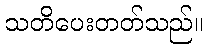
သတိပေးတတ်သည်။